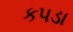
કપડા